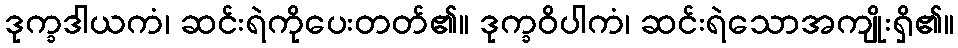
ဒုက္ခဒါယကံ၊ ဆင်းရဲကိုပေးတတ်၏။ ဒုက္ခဝိပါကံ၊ ဆင်းရဲသောအကျိုးရှိ၏။